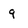
Character: g